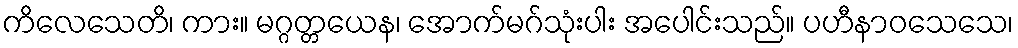
ကိလေသေတိ၊ ကား။ မဂ္ဂတ္တယေန၊ အောက်မဂ်သုံးပါး အပေါင်းသည်။ ပဟီနာဝသေသေ၊